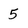
Character: 5